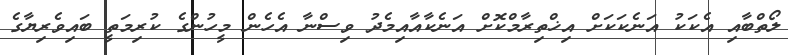
ލޯތްބާއި އެކަކު އަނެކަކަށް އިޚްތިރާމްކޮށް އަނެކާއާއިމެދު ވިސްނާ އެހެން މީހުންގެ ކުރިމަތީ ބައިވެރިޔާގެ